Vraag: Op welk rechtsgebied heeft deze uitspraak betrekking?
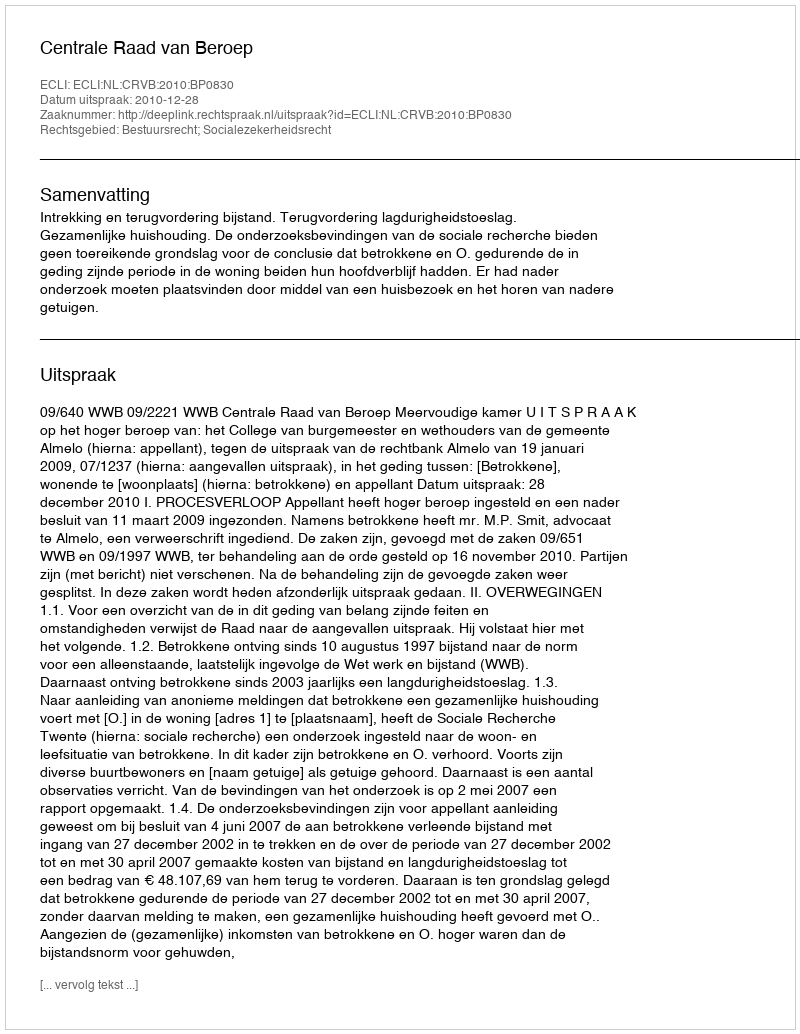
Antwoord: Bestuursrecht; Socialezekerheidsrecht